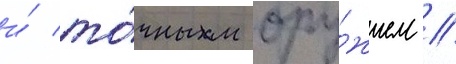
и́ то́чным ору́жием //